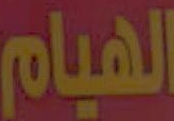
الهيام